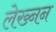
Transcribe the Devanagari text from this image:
लेख्नन